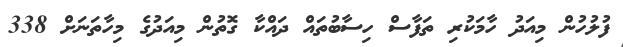
ފުލުހުން މިއަދު ހާމަކުރި ތަފާސް ހިސާބުތައް ދައްކާ ގޮތުން މިއަދުގެ މިހާތަނަށް 338